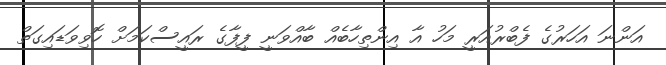
އަންނަ އަހަރުގެ ފެބްރުއަރީ މަހު އާ އިންތިހާބެއް ބާއްވަނީ ފީފާގެ ރައީސްކަމަށް ހޮވިވަޑައިގަތް